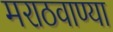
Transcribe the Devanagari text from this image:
मराठवाण्या